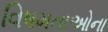
વિષમતાઓના